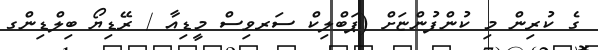
ގެ ކުރިން މި ކުންފުންޏަށް (ޕަބްލިކް ސަރވިސް މީޑިއާ / ރޭޑިޔޯ ބިލްޑިންގ